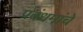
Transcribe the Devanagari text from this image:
प्रबंधमांचे